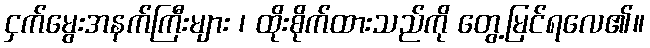
ငှက်မွေးအနက်ကြီးများ ၊ ထိုးစိုက်ထားသည်ကို တွေ့မြင်ရလေ၏။